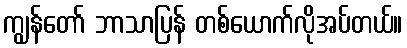
ကျွန်တော် ဘာသာပြန် တစ်ယောက်လိုအပ်တယ်။